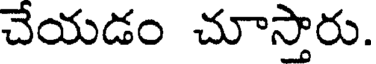
చేయడం చూస్తారు.